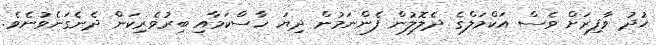
ޚުދު ވާފިރަށް ވެސް އަކްމަލްގެ ދެލޮލުން ފެންނަމުން ދިޔަ ހާސްކަމާއި ބިރުވެރިކަން ދެނެގަނެވުނެވެ.